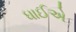
ધાઈએ